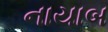
નાયાબ